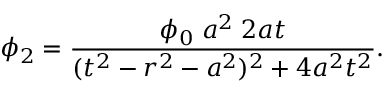
\phi _ { 2 } = { \frac { \phi _ { 0 } \; a ^ { 2 } \; 2 a t } { ( t ^ { 2 } - r ^ { 2 } - a ^ { 2 } ) ^ { 2 } + 4 a ^ { 2 } t ^ { 2 } } } .